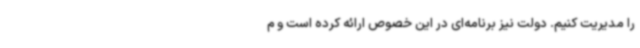
را مدیریت کنیم. دولت نیز برنامه‌ای در این خصوص ارائه کرده است و م